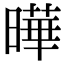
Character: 曄